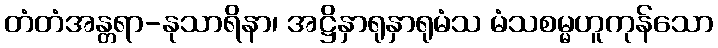
တံတံအန္တရာ-နုသာရိနာ၊ အဋ္ဌိနှာရုနှာရုမံသ မံသစမ္မဟူကုန်သော